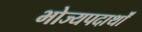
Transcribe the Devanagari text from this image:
भोज्यपदार्थों